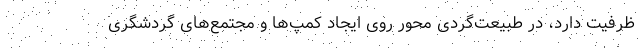
ظرفیت دارد، در طبیعت‌گردی محور روی ایجاد کمپ‌ها و مجتمع‌های گردشگری